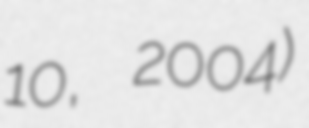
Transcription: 10, 2004)